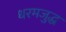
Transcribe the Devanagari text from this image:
धरमजुद्ध